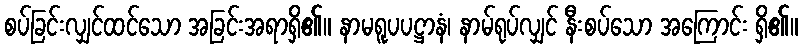
စပ်ခြင်းလျှင်ထင်သော အခြင်းအရာရှိ၏။ နာမရူပပဋ္ဌာနံ၊ နာမ်ရုပ်လျှင် နီးစပ်သော အကြောင်း ရှိ၏။